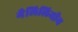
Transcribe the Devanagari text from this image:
गैलिलियीय